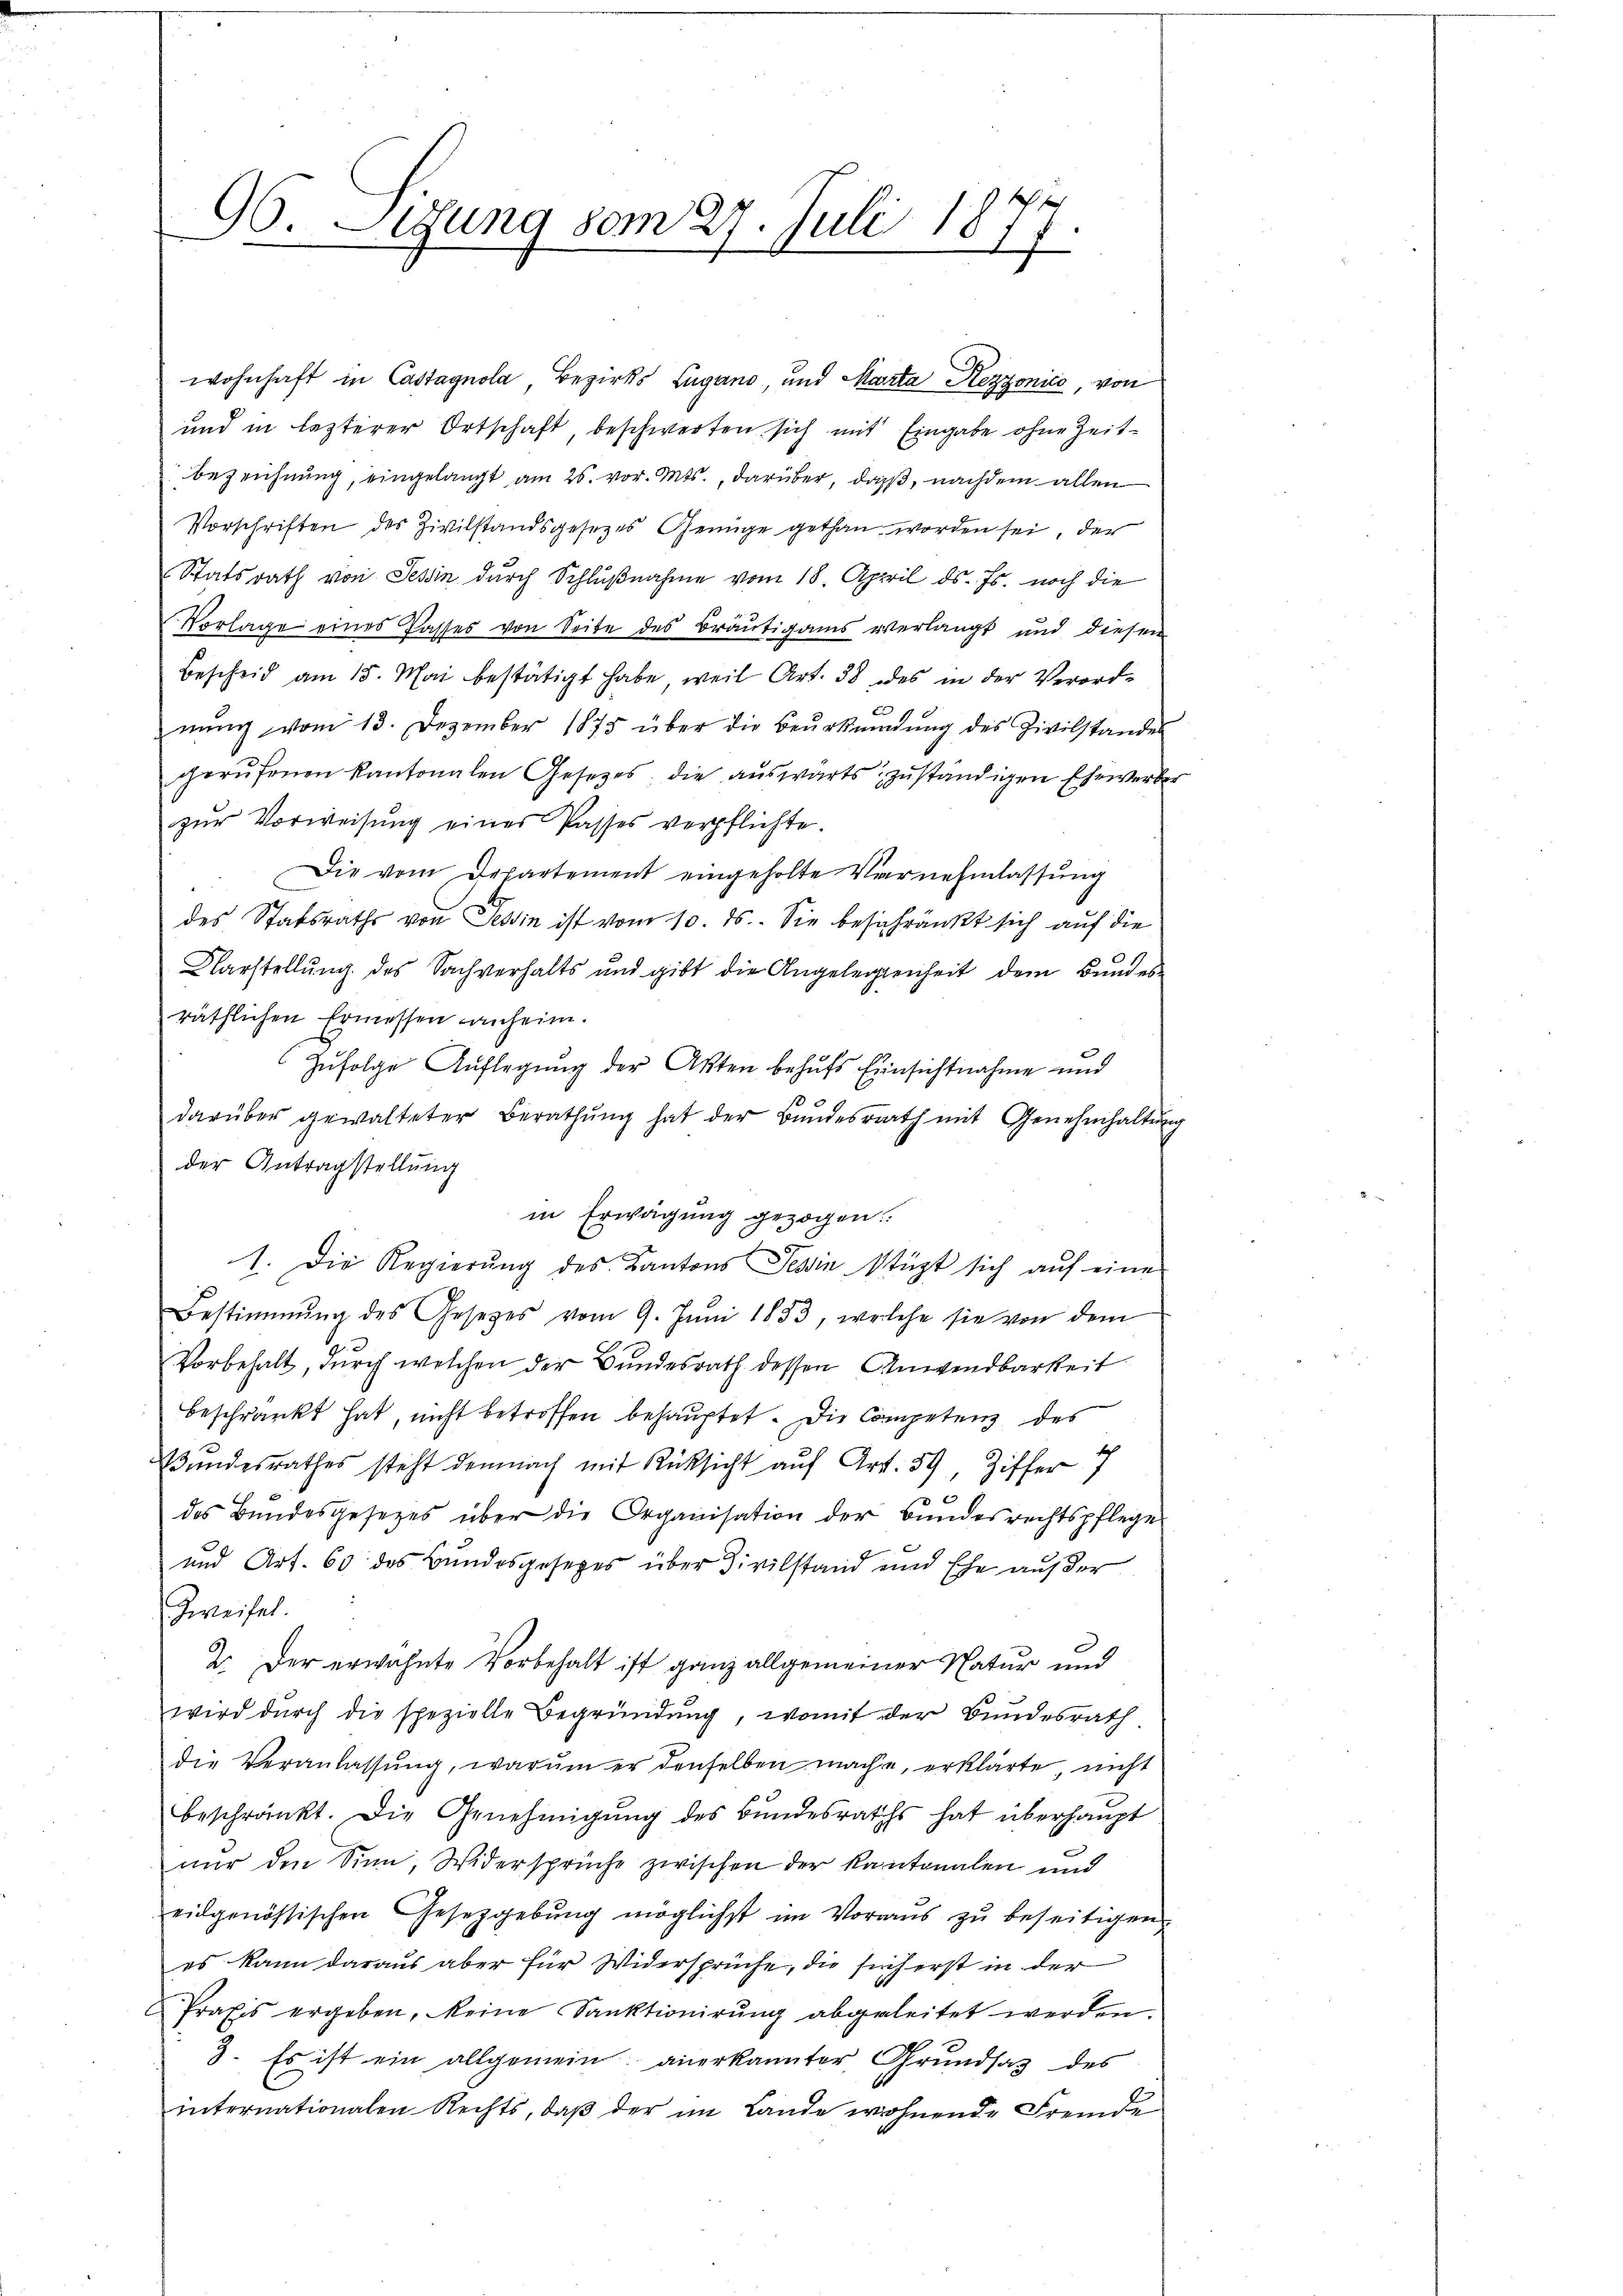
96. Sigung vom 27. Juli 1877.

wohnhaft in Castagnola, Bezirks Lugano, und Marta Rezzonico, von
und in lezterer Ortschaft beschwerten sich mit Eingabe ohne Zeitbezeichnung, eingelangt am 25. vor. Mts., darüber, daß, nachdem allen
Vorschriften des Zivilstandsgesetzes Genüge gethan worden sei, der
Statsrath von Tessin durch Schlußnahme vom 18. April ds. Fs. noch die
Vorlage eines Passes von Seite des Bräutigams verlangt und diesen
Bescheid am 15. Mai bestätigt habe, weil Art. 38 des in der Verord-
nŭng vom 13. Dezember 1875 über die Beŭrkŭndŭng des Zivilstandes
gerufenen Kantonalen Gesetzes, die auswärts zuständigen Ehewerber
zur Vorweisung eines Passes verpflichte.
Die vom Departement eingeholte Vernehmlassŭng
des Statsraths von Tessin ist vom 10. ds. Sie beschränkt sich auf die
Narstellung des Sachverhalts und gibt die Angelegenheit dem Bundesräthlichen Ermessen anheim.
Zufolge Auflegung der Akten behufs Einsichtnahme und
darüber gewalteter Berathung hat der Bundesrath mit Genehmhaltung
der Antragstellung
in Erwägung gezogen.
1. Die Regierŭng des Kantons Tessin stüzt sich auf eine
Bestimmung des Gesetzes vom 9. Jŭni 1853, welche sie von dem
Vorbehalt, durch welchen der Bundesrath dessen Anwendbarkeit
beschränkt hat, nicht betroffen behauptet. Die Competenz des
Bundesrathes steht demnach mit Rücksicht auf Art. 59, Ziffer 7
s
des Bŭndesgesezes über die Organisation der Bundesrechtspflege
und Art. 60 des Bundesgesetzes über Civilstand und Ehe außer
Zweifel.
2. Der erwähnte Vorbehalt ist ganz allgemeiner Natur und
wird durch die spezielle Begründung, womit der Bundesrath
die Veranlassŭng, warum er denselben mache, erklärte, nicht
beschränkt. Die Genehmigŭng des Bŭndesraths hat überhaŭpt
nŭr den Sinn, Widersprüche zwischen der kantonalen und
eidgenössischen Gesetzgebŭng möglichst im Voraŭs zŭ beseitigen.
es kann daraus aber für Widersprüche, die sich erst in der
Praxis ergeben, keine Sanktionirŭng abgeleitet werden.
d
3. Es ist ein allgemein anerkannter Grundsatz des
internationalen Rechts, daβ der im Lande wohnende Fremde